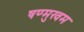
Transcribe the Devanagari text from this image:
षण्मुखम